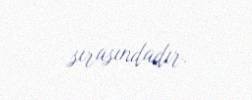
sırasındadır.